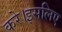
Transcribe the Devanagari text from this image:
करे।इसलिए